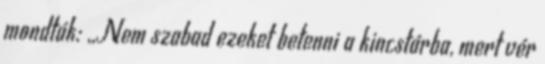
mondták: ,,Nem szabad ezeket betenni a kincstárba, mert vér